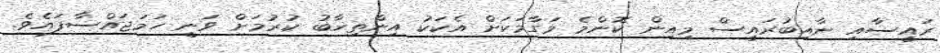
ރައީސާއި ނާއިބުރައީސް މިއިން ކޮންމެ މަގާމަކަށް އެކަކު އިންތިޚާބު ކުރުމަށް ވަނީ ހަމަޖައްސާފައެވެ.